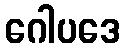
ဂေါပဒေ